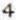
4